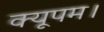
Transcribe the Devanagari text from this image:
क्यूपम।